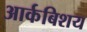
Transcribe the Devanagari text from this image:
आर्कबिशय